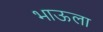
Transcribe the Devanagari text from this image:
भाऊला